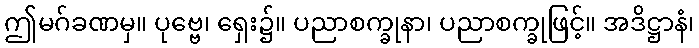
ဤမဂ်ခဏမှ။ ပုဗ္ဗေ၊ ရှေး၌။ ပညာစက္ခုနာ၊ ပညာစက္ခုဖြင့်။ အဒိဋ္ဌာနံ၊